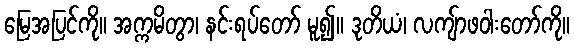
မြေအပြင်ကို။ အက္ကမိတွာ၊ နင်းရပ်တော် မူ၍။ ဒုတိယံ၊ လကျ်ာဖဝါးတော်ကို။